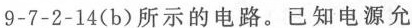
9-7-2-14(b)所示的电路。已知电源允